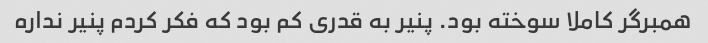
همبرگر کاملا سوخته بود. پنیر به قدری کم بود که فکر کردم پنیر نداره